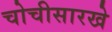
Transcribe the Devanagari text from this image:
चोचीसारखे